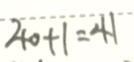
4 0 + 1 = 4 1